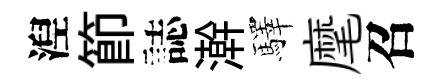
湼節誌澣驛麾召